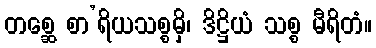
တစ္ဆေ စာ’ရိယသစ္စမှိ၊ ဒိဋ္ဌိယံ သစ္စ မီရိတံ။